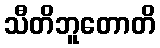
သီတိဘူတောတိ